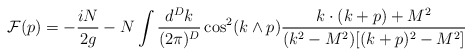
\begin{align*}{\cal F}(p)= -\frac {iN}{2g}- N \int \frac{d^Dk}{(2\pi)^D} \cos^2(k\wedge p)\frac{k\cdot (k+p) + M^2}{(k^2-M^2)[(k+p)^2-M^2]}\end{align*}